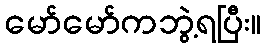
မော်မော်ကဘွဲ့ရပြီး။